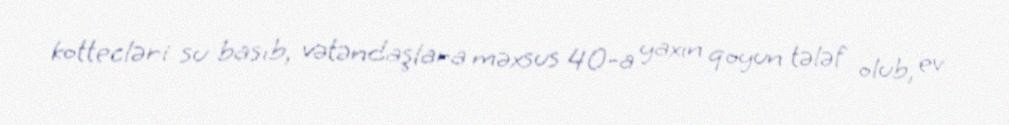
kottecləri su basıb, vətəndaşlara məxsus 40-a yaxın qoyun tələf olub, ev